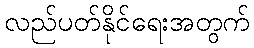
လည်ပတ်နိုင်ရေးအတွက်